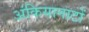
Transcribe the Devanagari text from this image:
अंकियानाटों